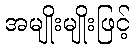
အမျိုးမျိုးဖြင့်